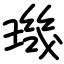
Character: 璣